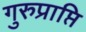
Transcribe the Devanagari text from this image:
गुरुप्राप्ति